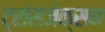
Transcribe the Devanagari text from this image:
ट्रांसजेक्सन